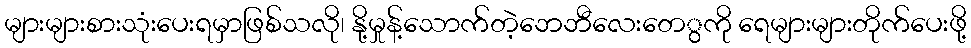
များများစားသုံးပေးရမှာဖြစ်သလို၊ နို့မှုန့်သောက်တဲ့ဘေဘီလေးတေွကို ရေများများတိုက်ပေးဖို့